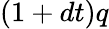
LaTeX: (1+dt)q